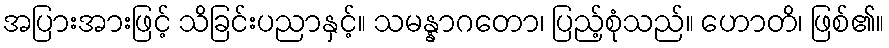
အပြားအားဖြင့် သိခြင်းပညာနှင့်။ သမန္နာဂတော၊ ပြည့်စုံသည်။ ဟောတိ၊ ဖြစ်၏။